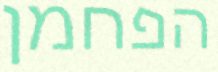
הפחמן